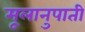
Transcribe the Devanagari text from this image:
मूलानुपाती